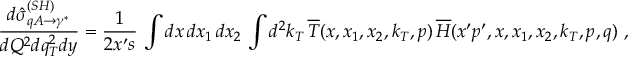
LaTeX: \frac { d \hat { \sigma } _ { q A \rightarrow \gamma ^ { * } } ^ { ( S H ) } } { d Q ^ { 2 } d q _ { T } ^ { 2 } d y } = \frac { 1 } { 2 x ^ { \prime } s } \, \int d x \, d x _ { 1 } \, d x _ { 2 } \, \int d ^ { 2 } k _ { T } \, \overline { { { T } } } ( x , x _ { 1 } , x _ { 2 } , k _ { T } , p ) \, \overline { { { H } } } ( x ^ { \prime } p ^ { \prime } , x , x _ { 1 } , x _ { 2 } , k _ { T } , p , q ) \ ,